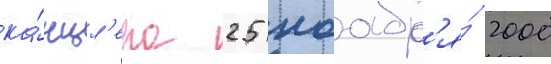
ка́нцл'ера 25 ноабр'я́ 2000